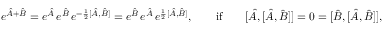
\begin{array} { r } { e ^ { \hat { A } + \hat { B } } = e ^ { \hat { A } } \, e ^ { \hat { B } } \, e ^ { - \frac { 1 } { 2 } [ \hat { A } , \hat { B } ] } = e ^ { \hat { B } } \, e ^ { \hat { A } } \, e ^ { \frac { 1 } { 2 } [ \hat { A } , \hat { B } ] } , \qquad \mathrm { i f } \qquad [ \hat { A } , [ \hat { A } , \hat { B } ] ] = 0 = [ \hat { B } , [ \hat { A } , \hat { B } ] ] , } \end{array}